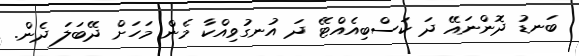
ބަނޑު ދޮންނައޭ ދަ ކަސްބިއެއްޓޭ ދަ އުނގުވިއްކާ މެން މަހަށް ދޭބަލަ ދެން.